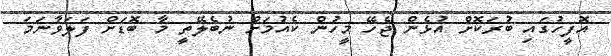
އޮފީހުގައި ބުރަކޮށް އުޅެން ޖެހޭ މީހުން ކެއުމަށް ނުބެލޭތީ މާ ބޮޑަށް ފަލަވާނަމަ